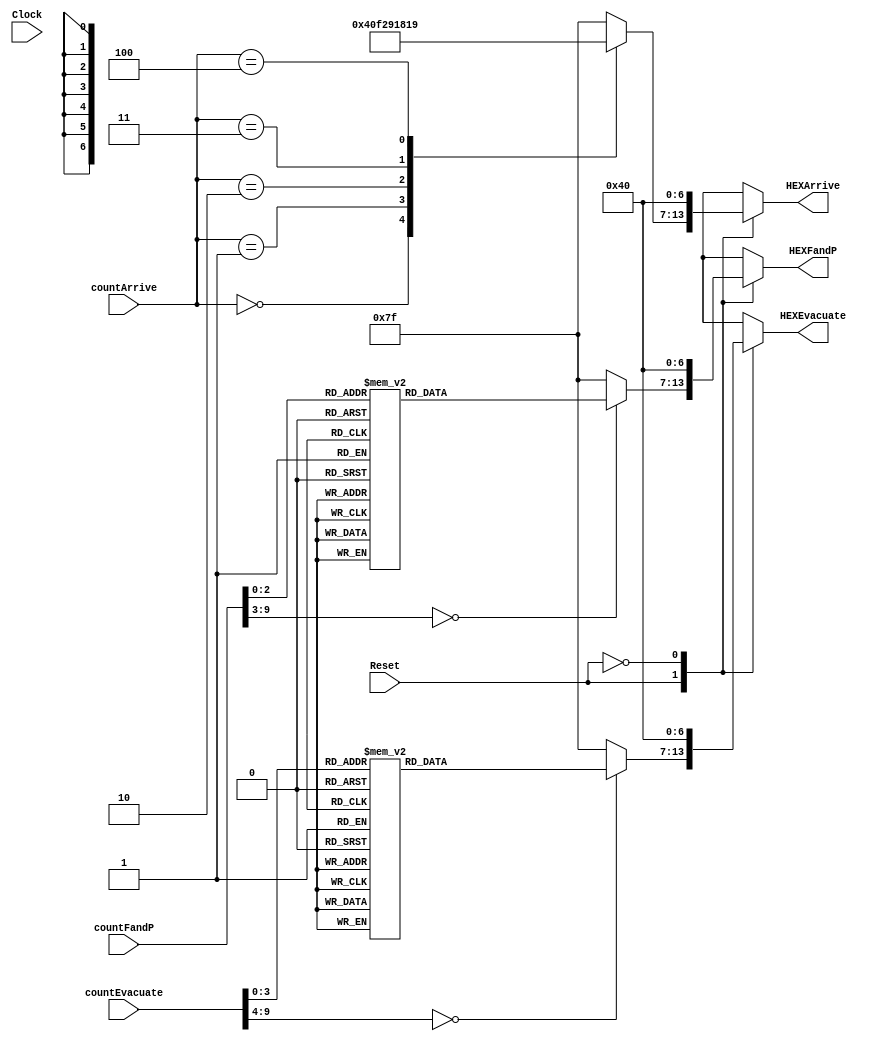
module displayTime (Clock, Reset, countArrive, countFandP, countEvacuate, HEXArrive, HEXFandP, HEXEvacuate);
	input Clock, Reset; 
	input [9:0] countArrive, countFandP;
	input [9:0] countEvacuate;
	output reg [6:0] HEXArrive, HEXFandP, HEXEvacuate;
	
	
	// State encoding.
	parameter [6:0] A = 7'b1000000, B = 7'b1111001, C = 7'b0100100, D = 7'b0110000, E = 7'b0011001, F = 7'b0010010, G = 7'b0000010, H = 7'b1111000, I = 7'b0000000;
	
	// Next State logic
	always @(*) begin 
		case(Reset)
			1: begin
				case (countArrive)
					10'b0000000000: HEXArrive  = A;
					10'b0000000001: HEXArrive  = B;
					10'b0000000010: HEXArrive  = C;
					10'b0000000011: HEXArrive  = D;
					10'b0000000100: HEXArrive  = E;
					default: HEXArrive  = 7'b1111111;
				endcase
				
				case(countFandP)
					10'b0000000000: HEXFandP  = A;
					10'b0000000001: HEXFandP  = B;
					10'b0000000010: HEXFandP  = C;
					10'b0000000011: HEXFandP  = D;
					10'b0000000100: HEXFandP  = E;
					10'b0000000101: HEXFandP  = F;
					10'b0000000110: HEXFandP  = G;
					10'b0000000111: HEXFandP  = H;
					default: HEXFandP  = 7'b1111111;
				endcase
				
				case (countEvacuate)
					10'b0000000000: HEXEvacuate  = A;
					10'b0000000001: HEXEvacuate  = B;
					10'b0000000010: HEXEvacuate  = C;
					10'b0000000011: HEXEvacuate  = D;
					10'b0000000100: HEXEvacuate  = E;
					10'b0000000101: HEXEvacuate  = F;
					10'b0000000110: HEXEvacuate  = G;
					10'b0000000111: HEXEvacuate  = H;
					10'b0000001000: HEXEvacuate  = I;
					default: HEXEvacuate = 7'b1111111;
				endcase
			end
			0: begin
				HEXArrive  = A;
				HEXFandP  = A;
				HEXEvacuate  = A;
			end 
		endcase
	end
	
endmodule